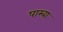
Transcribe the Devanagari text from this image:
पाम्बा